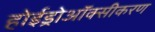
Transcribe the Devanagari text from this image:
होईड्रोऑक्सीकरण